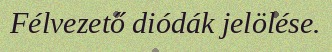
Félvezető diódák jelölése.